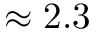
\approx 2 . 3